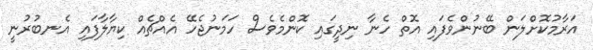
އަރާމުކޮށްލަން ބޭނުންވެފައި އޮތް ހެނާ ނިދީގައި ކޮންމެވެސް ހަމަނުޖެހޭ އެއްޗެއް ކިޔާލާފައި އެނބުރުނީ